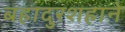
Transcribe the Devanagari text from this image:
बहादुरशहाने